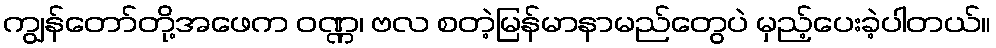
ကျွန်တော်တို့အဖေက ဝဏ္ဏ၊ ဗလ စတဲ့မြန်မာနာမည်တွေပဲ မှည့်ပေးခဲ့ပါတယ်။